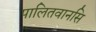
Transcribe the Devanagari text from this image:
पालितवानसि